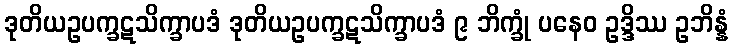
ဒုတိယဥပက္ခဋသိက္ခာပဒံ ဒုတိယဥပက္ခဋသိက္ခာပဒံ ၉ ဘိက္ခုံ ပနေဝ ဥဒ္ဒိဿ ဥဘိန္နံ